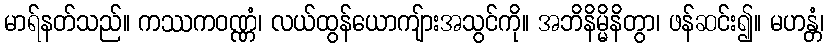
မာရ်နတ်သည်။ ကဿကဝဏ္ဏံ၊ လယ်ထွန်ယောကျ်ားအသွင်ကို။ အဘိနိမ္မိနိတွာ၊ ဖန်ဆင်း၍။ မဟန္တံ၊